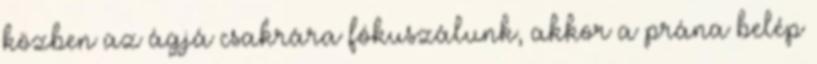
közben az ágjá csakrára fókuszálunk, akkor a prána belép